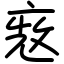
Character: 𠅨